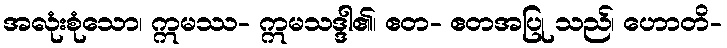
အလုံးစုံသော၊ ဣမဿ- ဣမသဒ္ဒါ၏၊ ဧတ- ဧတအပြု သည်၊ ဟောတိ-